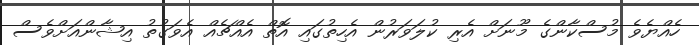
ހެއްޔެވެ މުސްކާންގެ މޫނަށް އެރި ކުލަވަރުން އެހިތުގައި އޮތް އެއްޗެއް އެވަގުތު އިޝާންއަށްވެސް